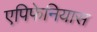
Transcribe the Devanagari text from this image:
एपिफेनियास